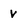
Character: V